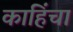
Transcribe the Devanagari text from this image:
काहिंचा